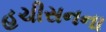
હચીસનના